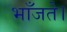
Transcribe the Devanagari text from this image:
भाँजते।